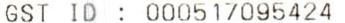
GST ID: 000517095424